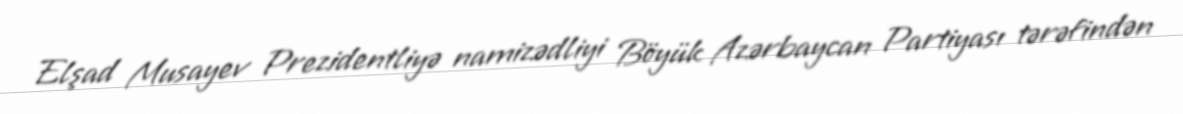
Elşad Musayev Prezidentliyə namizədliyi Böyük Azərbaycan Partiyası tərəfindən